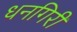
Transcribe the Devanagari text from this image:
धनगिरी